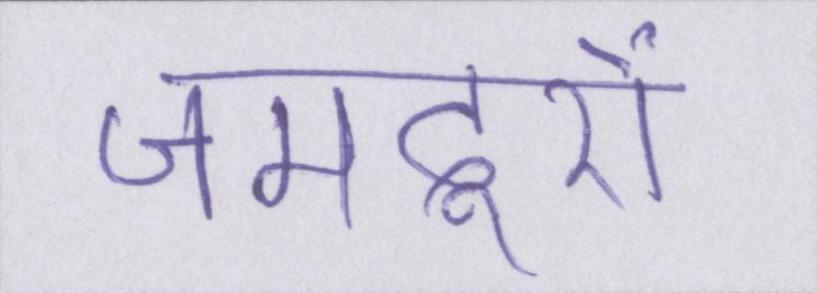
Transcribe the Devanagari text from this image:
जमदूरों